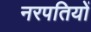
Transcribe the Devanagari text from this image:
नरपतियों